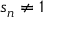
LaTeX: s _ { n } \neq 1